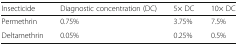
| Insecticide | Diagnostic concentration (DC) | 5× DC | 10× DC |
 | --- | --- | --- | --- |
 | Permethrin | 0.75% | 3.75% | 7.5% |
 | Deltamethrin | 0.05% | 0.25% | 0.5% |